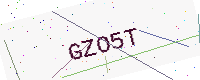
Text: GZO5T